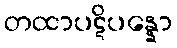
တထာပဋိပန္နော